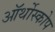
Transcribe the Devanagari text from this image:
ऑर्थोस्कोप